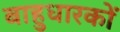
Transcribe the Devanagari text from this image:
बाहुधारकों